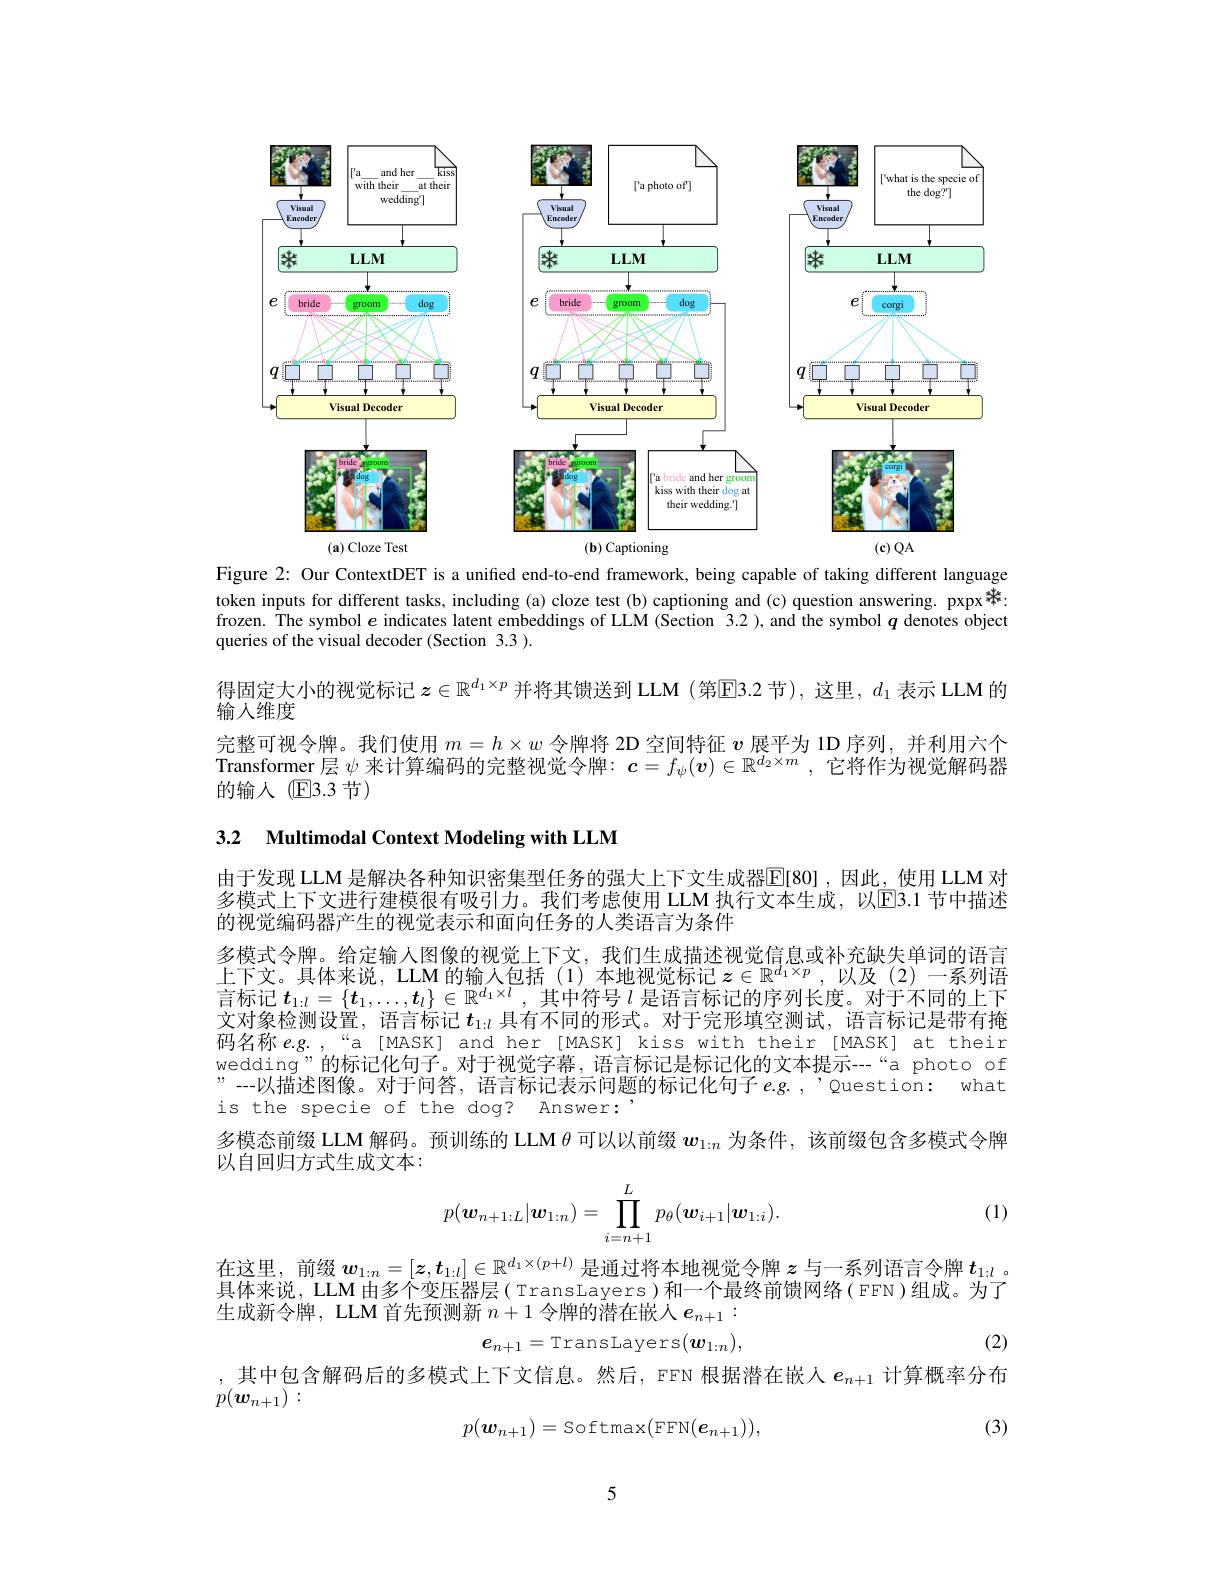
<FigureHere>
$(\mathbf{a})$ Cloze Test
$(\mathbf{b})$ Captioning
$(\mathbf{c})QA$

Figure 2: Our ContextDET is a unified end-to-end framework, being capable of taking different language token inputs for different tasks, including (a) cloze test (b) captioning and (c) question answering. pxpx * : frozen. The symbol $e$ indicates latent embeddings of LLM (Section 3.2 ),and the symbol $q$ denotes object queries of the visual decoder (Section 3.3 ).

得固定大小的视觉标记$z\in\mathbb{R}^{d_1\times p}$并将其馈送到 LLM (第$\boxed{\text{E3.2节}})$,这里，$d_1$表示 LLM 的
输人维度
完整可视令牌。我们使用$m=h\times w$令牌将 2D 空间特征$v$展平为 1D 序列，并利用六个Transformer 层$\psi$来计算编码的完整视觉令牌：$\boldsymbol{c}=f_\psi(\boldsymbol{v})\in\mathbb{R}^{d_2\times m}$,它将作为视觉解码器的输人 $\textcircled{\mathrm{F}}3.3$节)

3.2 $\textbf{Multimodal Context Modeling with LLM}$

由于发现 LLM 是解决各种知识密集型任务的强大上下文生成器$\overline{\mathbb{E}}[80]$ ,因此，使用 LLM 对多模式上下文进行建模很有吸引力。我们考虑使用 LLM 执行文本生成，以E3.1 节中描述的视觉编码器产生的视觉表示和面向任务的人类语言为条件
多模式令牌。给定输人图像的视觉上下文，我们生成描述视觉信息或补充缺失单词的语言上下文。具体来说，LLM 的输人包括(1)本地视觉标记$z\in\mathbb{R}^d_1\times p$ ,以及(2)一系列语言标记$t_1:l=\{t_1,\ldots,t_l\}\in\mathbb{R}^{d_1\times l}$,其中符号$l$是语言标记的序列长度。对于不同的上下文对象检测设置，语言标记$t_{1:l}$具有不同的形式。对于完形填空测试，语言标记是带有掩码名称 e.g. ,“a [MASK] and her [MASK] kiss with their[MASK] at their wedding"的标记化句子。对于视觉字幕，语言标记是标记化的文本提示--“a photo of "--以描述图像。对于问答，语言标记表示问题的标记化句子 e.g. ,'Question: what is the specie of the dog? Answer:
多模态前缀 LLM 解码。预训练的 LLM $\theta$可以以前缀$w_{1:n}$为条件，该前缀包含多模式令牌
以自回归方式生成文本：

(1)
$$p(\boldsymbol{w}_{n+1:L}|\boldsymbol{w}_{1:n})=\prod_{i=n+1}^Lp_\theta(\boldsymbol{w}_{i+1}|\boldsymbol{w}_{1:i}).$$
在这里，前缀$w_{1:n}=[z,t_{1:l}]\in\mathbb{R}^{d_1\times(p+l)}$是通过将本地视觉令牌$z$与一系列语言令牌$t_{1:l}$ 。具体来说，LLM 由多个变压器层( TransLayers) 和一个最终前馈网络( FFN)组成。为了生成新令牌，LLM 首先预测新$n+1$令牌的潜在嵌人$e_n+1:$
$$e_{n+1}=\mathrm{TransLayers}(\boldsymbol{w}_{1:n}),$$
,其中包含解码后的多模式上下文信息。然后，FFN 根据潜在嵌人$e_{n+1}$计算概率分布

(2)

$p(w_{n+1}):$

(3)
$$p(\boldsymbol{w}_{n+1})=\mathrm{Softmax}(\mathrm{FFN}(\boldsymbol{e}_{n+1})),$$
5